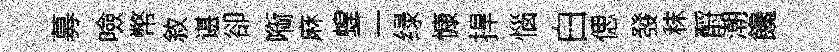
募噞幣敘谌卻㗸麻蝗二绿慷捍惱白偲發秣酹潮饞